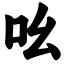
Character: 吆